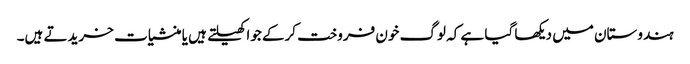
ہندوستان میں دیکھا گیا ہے کہ لوگ خون فروخت کرکے جوا کھیلتے ہیں یا منشیات خریدتے ہیں۔